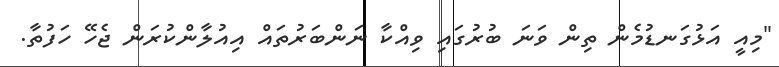
"މިއީ އަޅުގަނޑުމެން ތިން ވަނަ ބުރުގައި ވިއްކާ ނަންބަރުތައް އިއުލާންކުރަން ޖެހޭ ހަފުތާ.